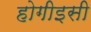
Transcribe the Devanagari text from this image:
होगीइसी